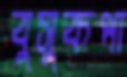
বুসুকপা